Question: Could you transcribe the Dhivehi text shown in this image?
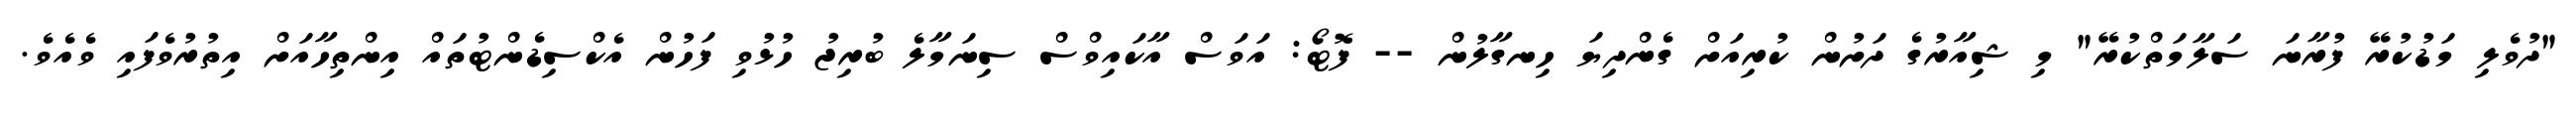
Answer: "ދުވެލި މަޑުކުރޭ ފުރާނަ ސަލާމަތްކުރޭ" މި ޝިއާރުގެ ދަށުން ކުރިއަށް ގެންދިޔަ ހިނގާލުން -- ފޮޓޯ: އަވަސް އާކައިވްސް ސިނަމާލެ ބުރިޖު ހުޅުވި ފަހުން އެކްސިޑެންޓުތައް އިންތިހާއަށް އިތުރުވެފައި ވެއެވެ.